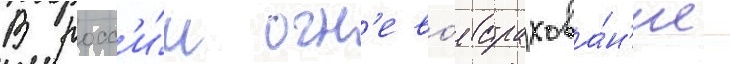
В росс'и́и огн'ево́е страхова́н'ие